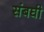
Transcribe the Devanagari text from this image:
संबघी